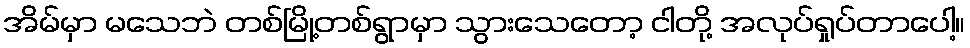
အိမ်မှာ မသေဘဲ တစ်မြို့တစ်ရွာမှာ သွားသေတော့ ငါတို့ အလုပ်ရှုပ်တာပေါ့။